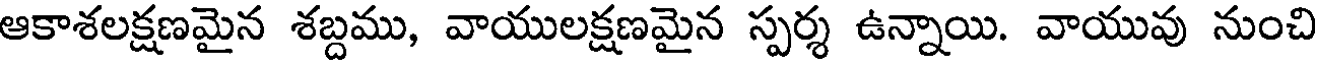
ఆకాశలక్షణమైన శబ్దము, వాయులక్షణమైన స్పర్శ ఉన్నాయి. వాయువు నుంచి